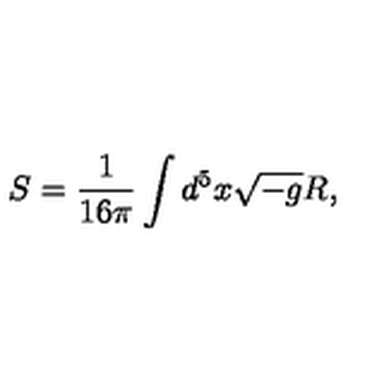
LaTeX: S = \frac { 1 } { 1 6 \pi } \int d ^ { 5 } x \sqrt { - g } R ,